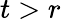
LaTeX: t>r